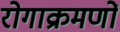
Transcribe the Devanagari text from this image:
रोगाक्रमणों